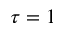
\tau = 1